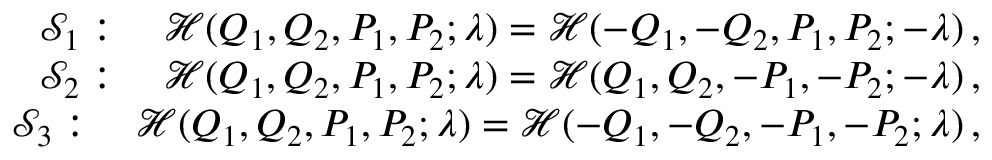
\begin{array} { r } { { \mathcal { S } } _ { 1 } : \quad { \mathcal { H } } ( Q _ { 1 } , Q _ { 2 } , P _ { 1 } , P _ { 2 } ; \lambda ) = { \mathcal { H } } ( - Q _ { 1 } , - Q _ { 2 } , P _ { 1 } , P _ { 2 } ; - \lambda ) \, , } \\ { { \mathcal { S } } _ { 2 } : \quad { \mathcal { H } } ( Q _ { 1 } , Q _ { 2 } , P _ { 1 } , P _ { 2 } ; \lambda ) = { \mathcal { H } } ( Q _ { 1 } , Q _ { 2 } , - P _ { 1 } , - P _ { 2 } ; - \lambda ) \, , } \\ { { \mathcal { S } } _ { 3 } : \quad { \mathcal { H } } ( Q _ { 1 } , Q _ { 2 } , P _ { 1 } , P _ { 2 } ; \lambda ) = { \mathcal { H } } ( - Q _ { 1 } , - Q _ { 2 } , - P _ { 1 } , - P _ { 2 } ; \lambda ) \, , } \end{array}